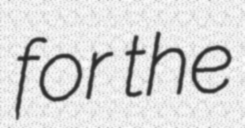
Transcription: for the